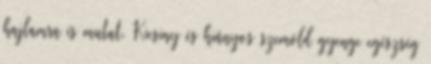
hajlamra is mutat. Kicsiny és hiányos szemöld gyenge egészség